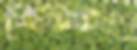
শিডিউলে